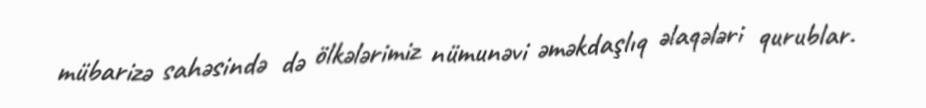
mübarizə sahəsində də ölkələrimiz nümunəvi əməkdaşlıq əlaqələri qurublar.